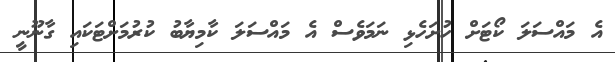
އެ މައްސަލަ ކޯޓަށް ހުށަހެޅި ނަމަވެސް އެ މައްސަލަ ކާމިޔާބު ކުރުމަށްޓަކައި ގާނޫނީ